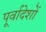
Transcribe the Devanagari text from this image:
पूर्वादेशों